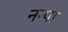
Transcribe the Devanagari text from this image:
नन्पा